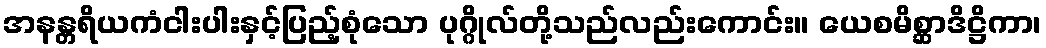
အနန္တရိယကံငါးပါးနှင့်ပြည့်စုံသော ပုဂ္ဂိုလ်တို့သည်လည်းကောင်း။ ယေစမိစ္ဆာဒိဋ္ဌိကာ၊